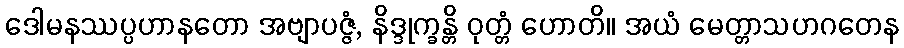
ဒေါမနဿပ္ပဟာနတော အဗျာပဇ္ဇံ, နိဒ္ဒုက္ခန္တိ ဝုတ္တံ ဟောတိ။ အယံ မေတ္တာသဟဂတေန